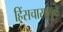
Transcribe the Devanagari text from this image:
हिंसचारामुळे